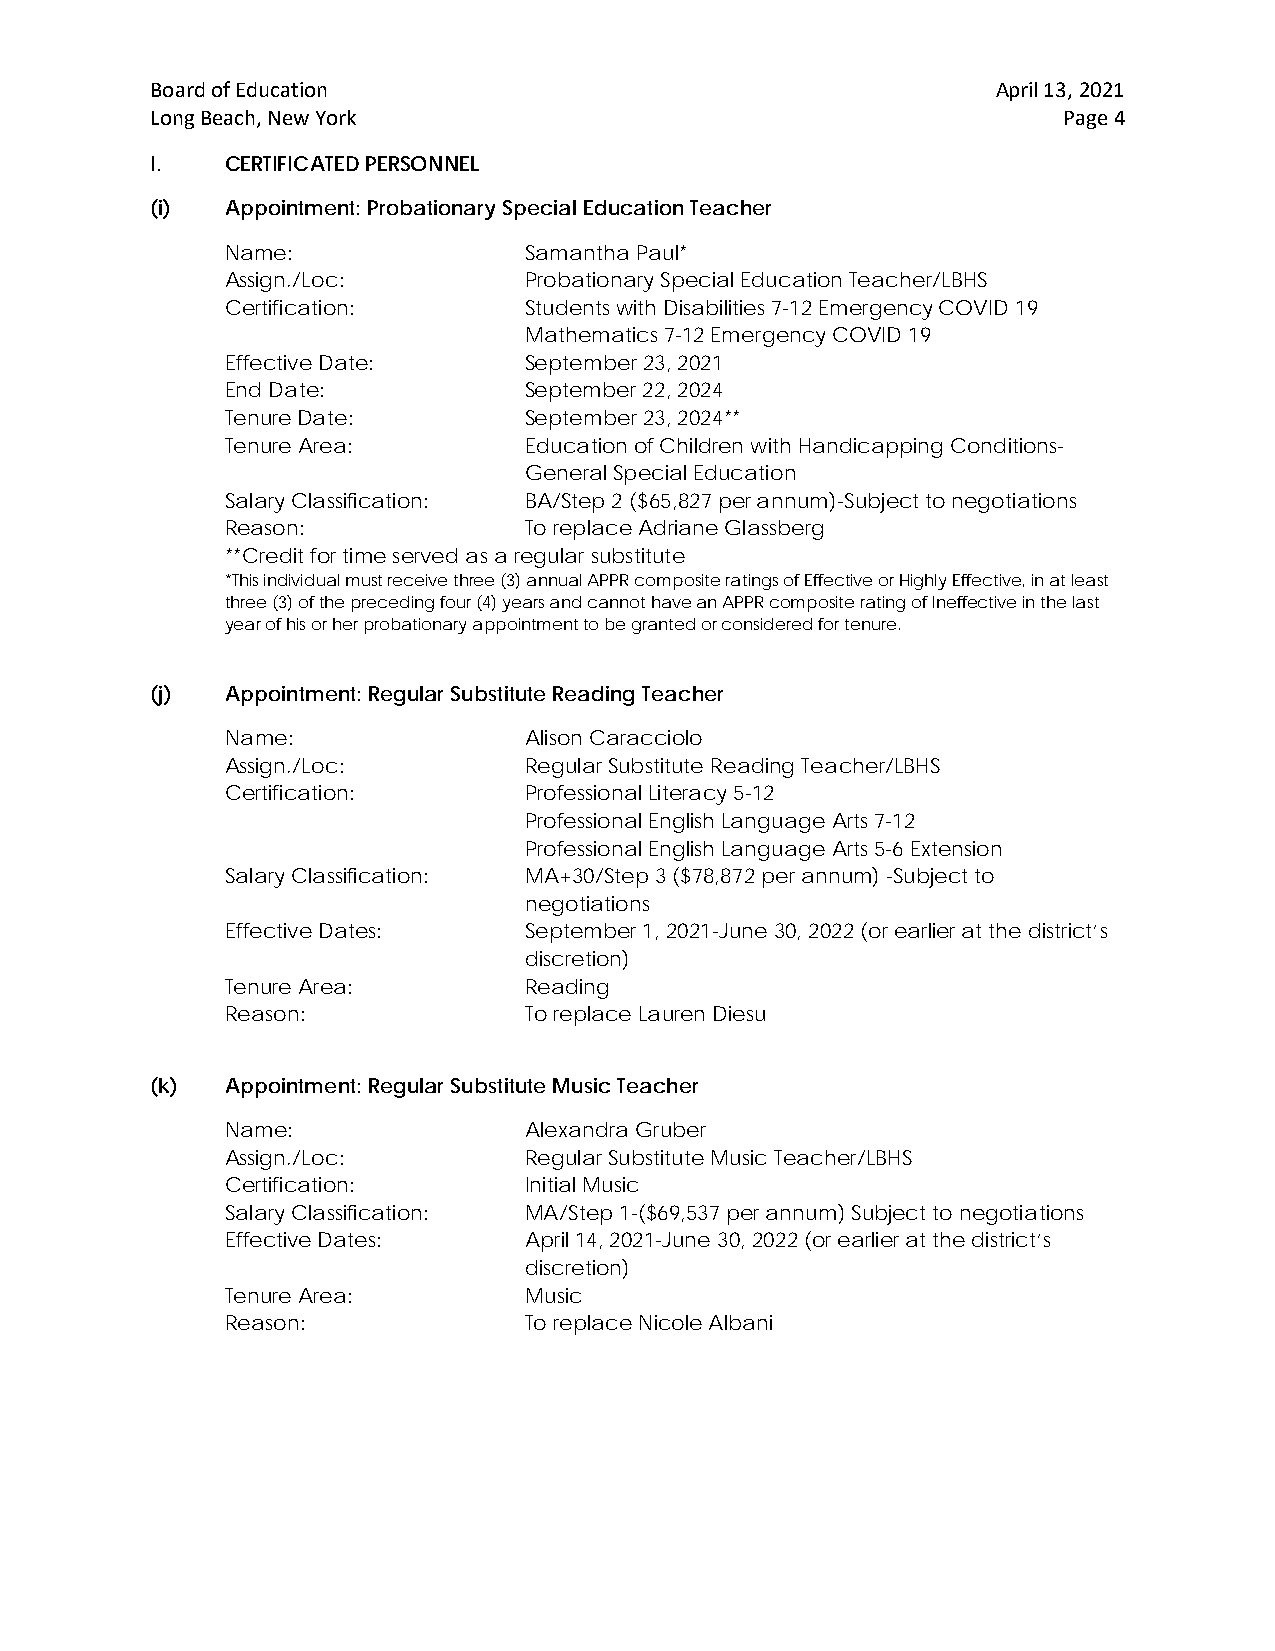
Board of Education                                      April 13, 2021
 Long Beach, New York                                        Page 4
 I.   CERTIFICATED PERSONNEL
 (i)  Appointment: Probationary Special Education Teacher
 Name:               Samantha Paul*
 Assign./Loc:        Probationary Special Education Teacher/LBHS
 Certification:      Students with Disabilities 7-12 Emergency COVID 19
 Mathematics 7-12 Emergency COVID 19
 Effective Date:     September 23, 2021
 End Date:           September 22, 2024
 Tenure Date:        September 23, 2024**
 Tenure Area:        Education of Children with Handicapping Conditions-
 General Special Education
 Salary Classification: BA/Step 2 ($65,827 per annum)-Subject to negotiations
 Reason:             To replace Adriane Glassberg
 **Credit for time served as a regular substitute
 *This individual must receive three (3) annual APPR composite ratings of Effective or Highly Effective, in at least
 three (3) of the preceding four (4) years and cannot have an APPR composite rating of Ineffective in the last
 year of his or her probationary appointment to be granted or considered for tenure.
 (j)  Appointment: Regular Substitute Reading Teacher
 Name:               Alison Caracciolo
 Assign./Loc:        Regular Substitute Reading Teacher/LBHS
 Certification:      Professional Literacy 5-12
 Professional English Language Arts 7-12
 Professional English Language Arts 5-6 Extension
 Salary Classification: MA+30/Step 3 ($78,872 per annum) -Subject to
 negotiations
 Effective Dates:    September 1, 2021-June 30, 2022 (or earlier at the district’s
 discretion)
 Tenure Area:        Reading
 Reason:             To replace Lauren Diesu
 (k)  Appointment: Regular Substitute Music Teacher
 Name:               Alexandra Gruber
 Assign./Loc:        Regular Substitute Music Teacher/LBHS
 Certification:      Initial Music
 Salary Classification: MA/Step 1-($69,537 per annum) Subject to negotiations
 Effective Dates:    April 14, 2021-June 30, 2022 (or earlier at the district’s
 discretion)
 Tenure Area:        Music
 Reason:             To replace Nicole Albani